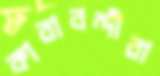
কারাবন্দীরা